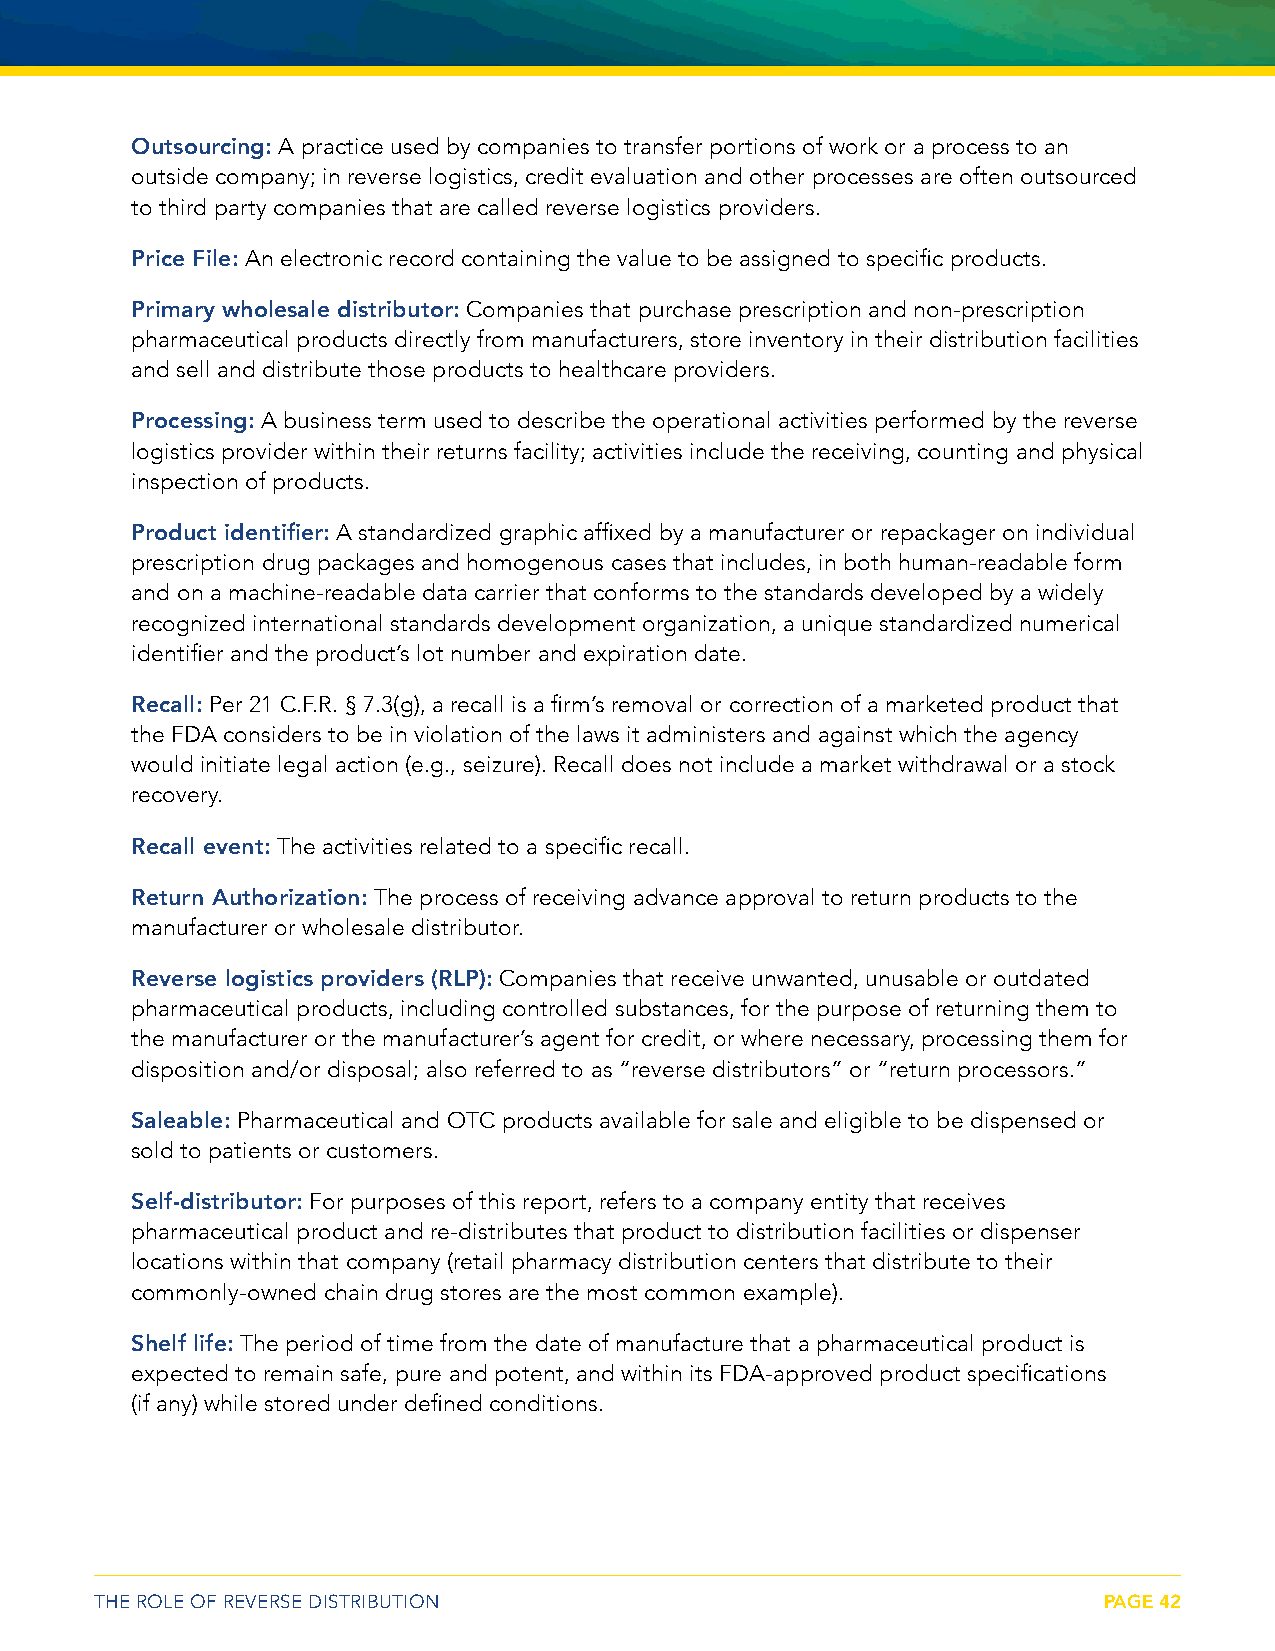
Outsourcing: A practice used by companies to transfer portions of work or a process to an
 outside company; in reverse logistics, credit evaluation and other processes are often outsourced
 to third party companies that are called reverse logistics providers.
 Price File: An electronic record containing the value to be assigned to specific products.
 Primary wholesale distributor: Companies that purchase prescription and non-prescription
 pharmaceutical products directly from manufacturers, store inventory in their distribution facilities
 and sell and distribute those products to healthcare providers.
 Processing: A business term used to describe the operational activities performed by the reverse
 logistics provider within their returns facility; activities include the receiving, counting and physical
 inspection of products.
 Product identifier: A standardized graphic affixed by a manufacturer or repackager on individual
 prescription drug packages and homogenous cases that includes, in both human-readable form
 and on a machine-readable data carrier that conforms to the standards developed by a widely
 recognized international standards development organization, a unique standardized numerical
 identifier and the product’s lot number and expiration date.
 Recall: Per 21 C.F.R. § 7.3(g), a recall is a firm’s removal or correction of a marketed product that
 the FDA considers to be in violation of the laws it administers and against which the agency
 would initiate legal action (e.g., seizure). Recall does not include a market withdrawal or a stock
 recovery.
 Recall event: The activities related to a specific recall.
 Return Authorization: The process of receiving advance approval to return products to the
 manufacturer or wholesale distributor.
 Reverse logistics providers (RLP): Companies that receive unwanted, unusable or outdated
 pharmaceutical products, including controlled substances, for the purpose of returning them to
 the manufacturer or the manufacturer’s agent for credit, or where necessary, processing them for
 disposition and/or disposal; also referred to as “reverse distributors” or “return processors.”
 Saleable: Pharmaceutical and OTC products available for sale and eligible to be dispensed or
 sold to patients or customers.
 Self-distributor: For purposes of this report, refers to a company entity that receives
 pharmaceutical product and re-distributes that product to distribution facilities or dispenser
 locations within that company (retail pharmacy distribution centers that distribute to their
 commonly-owned chain drug stores are the most common example).
 Shelf life: The period of time from the date of manufacture that a pharmaceutical product is
 expected to remain safe, pure and potent, and within its FDA-approved product specifications
 (if any) while stored under defined conditions.
 THE ROLE OF REVERSE DISTRIBUTION                                   PAGE 42